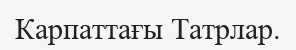
Карпаттағы Татрлар.